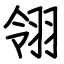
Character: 翎